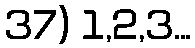
37) 1,2,3...